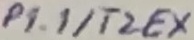
Text: P1.1/T2EX